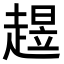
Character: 𧼺